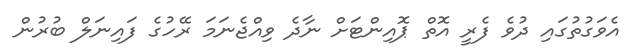
އެވަގުތުގައި ދުވެ ފެރީ އޮތް ޕޮއިންޓަށް ނާދެ ވިއްޖެނަމަ ރޭހުގެ ފައިނަލް ބުރުން